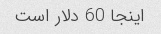
اینجا 60 دلار است